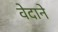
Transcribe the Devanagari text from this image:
वेदाने